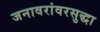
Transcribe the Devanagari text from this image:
जनावरांवरसुद्धा